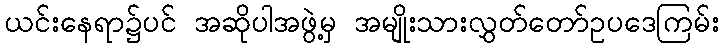
ယင်းနေရာ၌ပင် အဆိုပါအဖွဲ့မှ အမျိုးသားလွှတ်တော်ဥပဒေကြမ်း